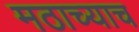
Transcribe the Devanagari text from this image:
मठाच्याच